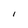
Character: l